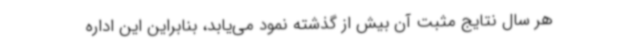
هر سال نتایج مثبت آن بیش از گذشته نمود می‌یابد، بنابراین این اداره